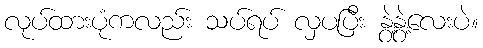
လုပ်ထားပုံကလည်း သပ်ရပ် လှပပြီး နွဲ့နွဲ့လေးပဲ။